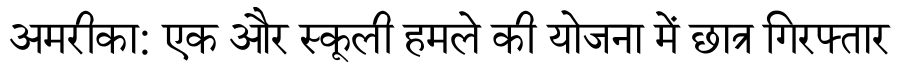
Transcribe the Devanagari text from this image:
अमरीका: एक और स्कूली हमले की योजना में छात्र गिरफ्तार